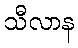
သီလာန